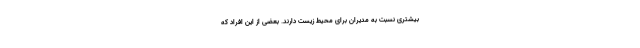
بیشتری نسبت به مدیران برای محیط زیست دارند. بعضی از این افراد که